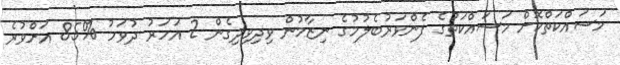
މަސައްކަތްކޮށް މަސައްކަތުގެ ފެންވަރުބެލުމުގެ ނިޒާމުން ވިދިވިދިގެން 2 އަހަރު ދުވަހު %85 އަށްވުރެ